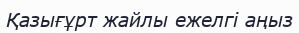
Қазығұрт жайлы ежелгі аңыз